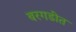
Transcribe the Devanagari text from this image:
बरगडींत